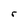
Character: r